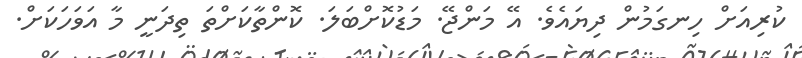
ކުރިއަށް ހިނގަމުން ދިޔައެވެ. އޭ މަންޖޭ. މަޑުކޮށްބަލަ. ކޮންތާކަށްތަ ތިދަނީ މާ އަވަހަކަށް.